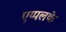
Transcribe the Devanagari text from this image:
एप्पलके